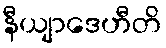
နီယျာဒေဟီတိ